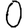
Digit: 0